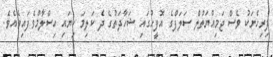
ފިރިހެނަކު ވެސް ޖަމިއްޔަތުލް ސަލަފްގެ އޮފީހުގައި ޝަހާދަތުގެ ދެ ކަލިމަ ކިޔައި އިސްލާމްވެފައިވެއެވެ.